Civil Veterinary Department. Madras. Admin. report 1910-25 - 1910-1925
Year: 1910
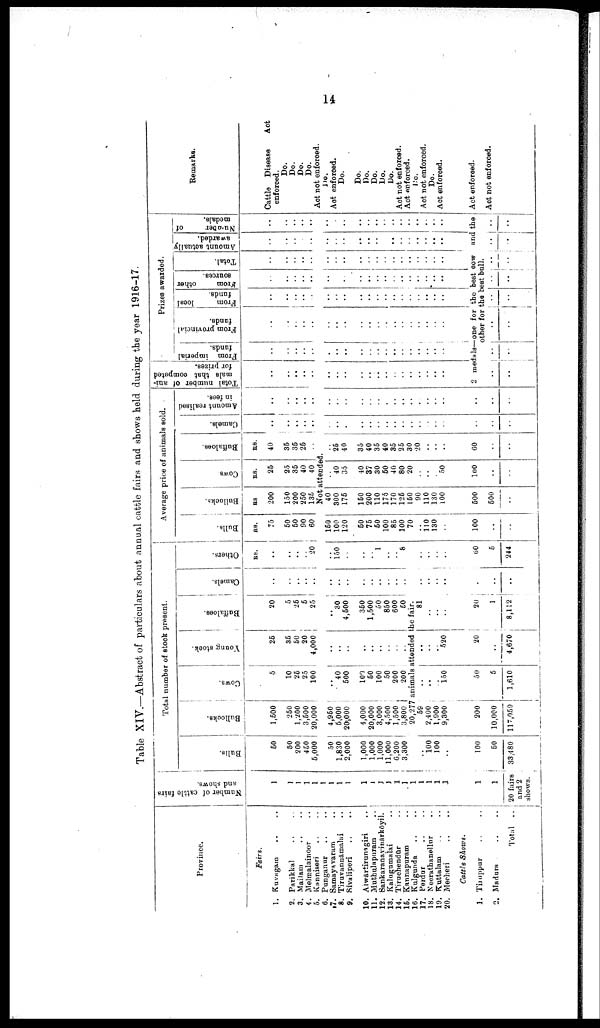
14
Table XIV.—Abstract of particulars about annual cattle fairs and shows held during the year 1916-17.
Province.
Fairs.
1. Kuvagam .. ..
2. Parikkal .. ..
3. Mailam .. ..
4. Melmalainoor ..
5. Kanniseri .. ..
6. Puoganur .. ..
7. Samayavaram ..
8. Tiruvannāmalai ..
9. Sivaliperi .. ..
10. Alwartirunagiri ..
11. Muthulapuram ..
12. Sankaranavniarkōyil.
13. Kalugumalai ..
14. Tirnchendūr ..
15. Kannapuram ..
16. Kulgunda .. ..
17. Perdur .. ..
18. Neerathanellur
..
19. Kuttalam .. ..
20. Mecheri .. ..
Cattle Shows.
1. Tiruppur .. ..
2. Madura .. ..
Total
..
Number of cattle fairs
and shows.
1
1
1
1
1
1
1
1
1
1
1
1
1
1
1
1
1
1
1
1
1
1
20 fairs
and 2
shows.
Total number of stock present.
Bulls.
50
50
200
450
5,000
50
1,830
2,000
1,000
1,000
1,000
11,000
6,200
3,300
.
100
100
..
100
60
33,480
Bullocks.
1,500
250
1,200
3,500
20,000
4,950
5,000
20,000
4,000
20,000
3,000
4,500
1,500
3,800
20,277
59
2,400
1,900
9,300
200
10,000
117,059
Cows.
5
10
25
25
100
40
500
100
50
100
50
200
200
Young stock.
25
35
50
20
4,000
..
..
..
..
..
..
..
..
..
Buffaloes.
20
5
25
5
25
..
30
4,500
350
1,500
50
850
600
50
animals attended the fair.
..
..
..
150
50
5
1,610
..
..
..
520
20
..
4,670
81
..
..
..
20
1
8,112
Camels.
..
..
..
..
..
..
..
..
..
..
..
..
..
..
..
..
..
..
.
..
..
Others.
RS.
..
..
..
.. 20
..
150
..
..
..
1
..
..
8
..
..
..
..
60
5
244
Average price of animals sold.
Bulls.
RS.
75
50
50
90
60
150
100
120
50
75
50
100
85
100
70
..
110
130
..
100
..
..
Bullocks.
RS.
200
150
200
250
135
Cows.
RS.
25
25
35
40
40
Buffaloes.
RS.
40
35
35
25
..
Not attended.
40
300
175
150
200
110
175
170
125
150
90
110
130
100
500
500
..
..
40
35
40
37
30
50
40
80
20
..
..
..
50
100
..
..
..
25
40
35
40
35
40
35
25
30
20
..
..
..
60
..
..
Camels.
..
..
..
..
..
..
..
.
..
..
..
..
..
..
..
..
..
..
..
..
..
..
Amount realised
in fees.
..
..
..
..
..
..
..
..
..
..
..
..
..
..
..
..
..
..
..
..
..
..
Total number of ani
mals that competed
for prizes.
..
..
..
..
..
..
..
..
..
..
..
..
..
..
..
..
..
..
..
Prizes awarded.
From imperial
funds.
..
..
..
..
..
..
..
..
..
..
..
..
..
..
..
..
..
..
..
From provincial
fands.
..
..
..
..
..
..
..
..
..
..
..
..
..
..
..
..
From
local
funds.
..
..
..
..
..
..
..
..
..
..
..
..
..
..
..
..
..
..
From
other
sources.
..
..
..
..
..
..
..
..
..
..
..
..
..
..
..
..
..
..
Total.
..
..
..
..
..
..
..
..
..
..
..
..
..
..
..
..
..
..
Amount actually
awarded.
..
..
..
..
..
..
..
..
..
..
..
..
..
..
..
..
..
..
Number
of
medals.
..
..
..
..
..
..
..
..
..
..
..
..
..
..
..
..
..
..
2 medals—one for the best cow and the
other for the best bull.
..
..
..
..
..
..
..
..
..
..
....
..
..
..
..
..
Remarks.
Cattle Disease and
enforced.
Do.
Do.
Do.
Do.
Act not enforced.
110.
Act enforced.
Do.
Do.
Do.
Do.
Do.
Do.
Act not enforced.
Act enforced.
Do.
Act not enforced.
Do.
Act enforced.
Act enforced.
Act not enforced.
..